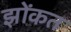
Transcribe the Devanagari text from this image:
झोंकत